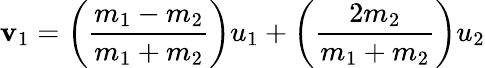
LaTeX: \mathbf{v}_{1}=\left({\frac{{m_{1}-m_{2}}}{{m_{1}+m_{2}}}}\right)u_{1}+\left({\frac{{2m_{2}}}{{m_{1}+m_{2}}}}\right)u_{2}